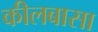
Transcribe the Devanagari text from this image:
कीलबासा